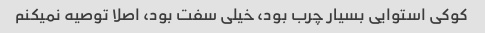
کوکی استوایی بسیار چرب بود، خیلی سفت بود، اصلا توصیه نمیکنم